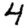
Digit: 4